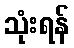
သုံးရန်